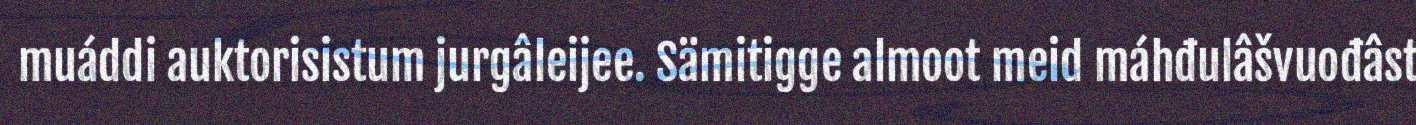
muáddi auktorisistum jurgâleijee. Sämitigge almoot meid máhđulâšvuođâst